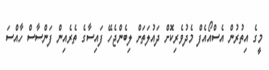
މީގެ އިތުރުން އެސްއޯއެފް މެދުވެރިކޮށް ދައުލަތަށް ލިބެންޖެހޭ ފައިސާގެ ތެރެއިން ފަންސާސް ހާއްސަ